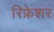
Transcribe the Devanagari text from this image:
रिफ्रेशर